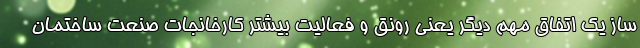
ساز یک اتفاق مهم دیگر یعنی رونق و فعالیت بیشتر کارخانجات صنعت ساختمان